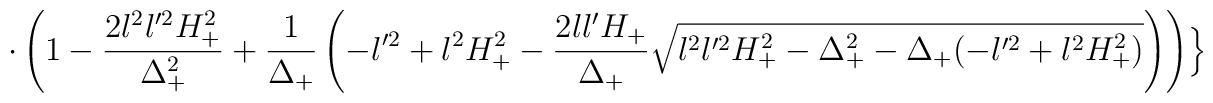
\cdot \left( 1-\frac{2l^{2}l'^{2}H_{+}^{2}}{\Delta_{+}^{2}} +\frac{1}{\Delta_{+}}\left( -l'^{2}+l^{2}H_{+}^{2}-\frac{2ll' H_{+}}{\Delta_{+}}\sqrt{l^{2}l'^{2}H_{+}^{2}-\Delta_{+}^{2}-\Delta_{+} (-l'^{2}+l^{2}H_{+}^{2})} \right) \right) \Bigr\}